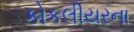
કોકલીયરના